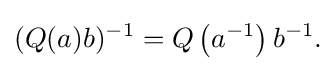
\displaystyle {(Q(a)b)^{-1}=Q\left(a^{-1}\right)b^{-1}.}